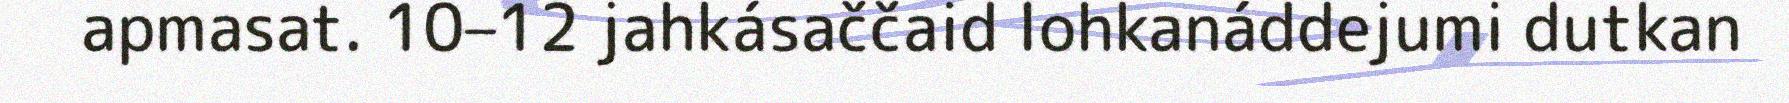
apmasat. 10–12 jahkásaččaid lohkanáddejumi dutkan